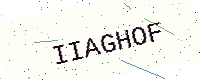
Text: IIAGHOF